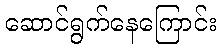
ဆောင်ရွက်နေကြောင်း